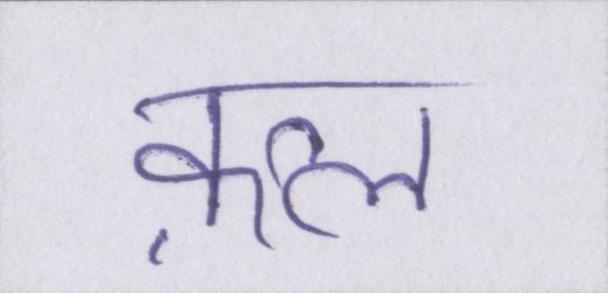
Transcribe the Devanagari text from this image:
क़त्ल